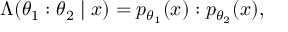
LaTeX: \Lambda ( \theta _ { 1 } : \theta _ { 2 } \mid x ) = p _ { \theta _ { 1 } } ( x ) : p _ { \theta _ { 2 } } ( x ) ,